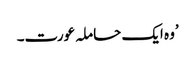
’وہ ایک حاملہ عورت۔